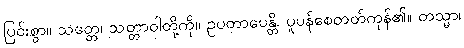
ပြင်းစွာ။ သတ္တေ၊ သတ္တာဝါတို့ကို။ ဥပတာပေန္တိ၊ ပူပန်စေတတ်ကုန်၏။ တသ္မာ၊